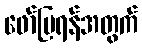
ဖော်ပြရန်အတွက်